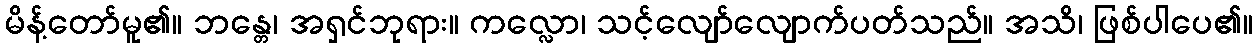
မိန့်တော်မူ၏။ ဘန္တေ၊ အရှင်ဘုရား။ ကလ္လော၊ သင့်လျော်လျောက်ပတ်သည်။ အသိ၊ ဖြစ်ပါပေ၏။